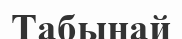
Табынай